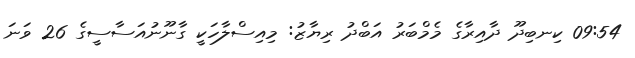
09:54 ކިނބިދޫ ދާއިރާގެ މެމްބަރު އަބްދު ރިޔާޒު: މިއިސްލާހަކީ ގާނޫނުއަސާސީގެ 26 ވަނަ